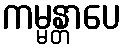
ကမ္မန္တာပေ